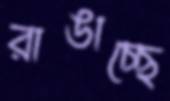
রাঙাচ্ছে